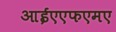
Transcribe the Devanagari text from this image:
आईएएफएमए